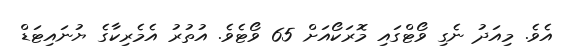
އެވެ. މިއަދު ނެގި ވޯޓްގައި މޮރަކޯއަށް 65 ވޯޓެވެ. އުތުރު އެމެރިކާގެ ޔުނައިޓަޑް